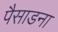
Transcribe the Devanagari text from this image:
पैसाडना